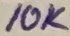
Text: 10K